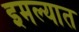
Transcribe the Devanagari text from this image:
इमल्यात